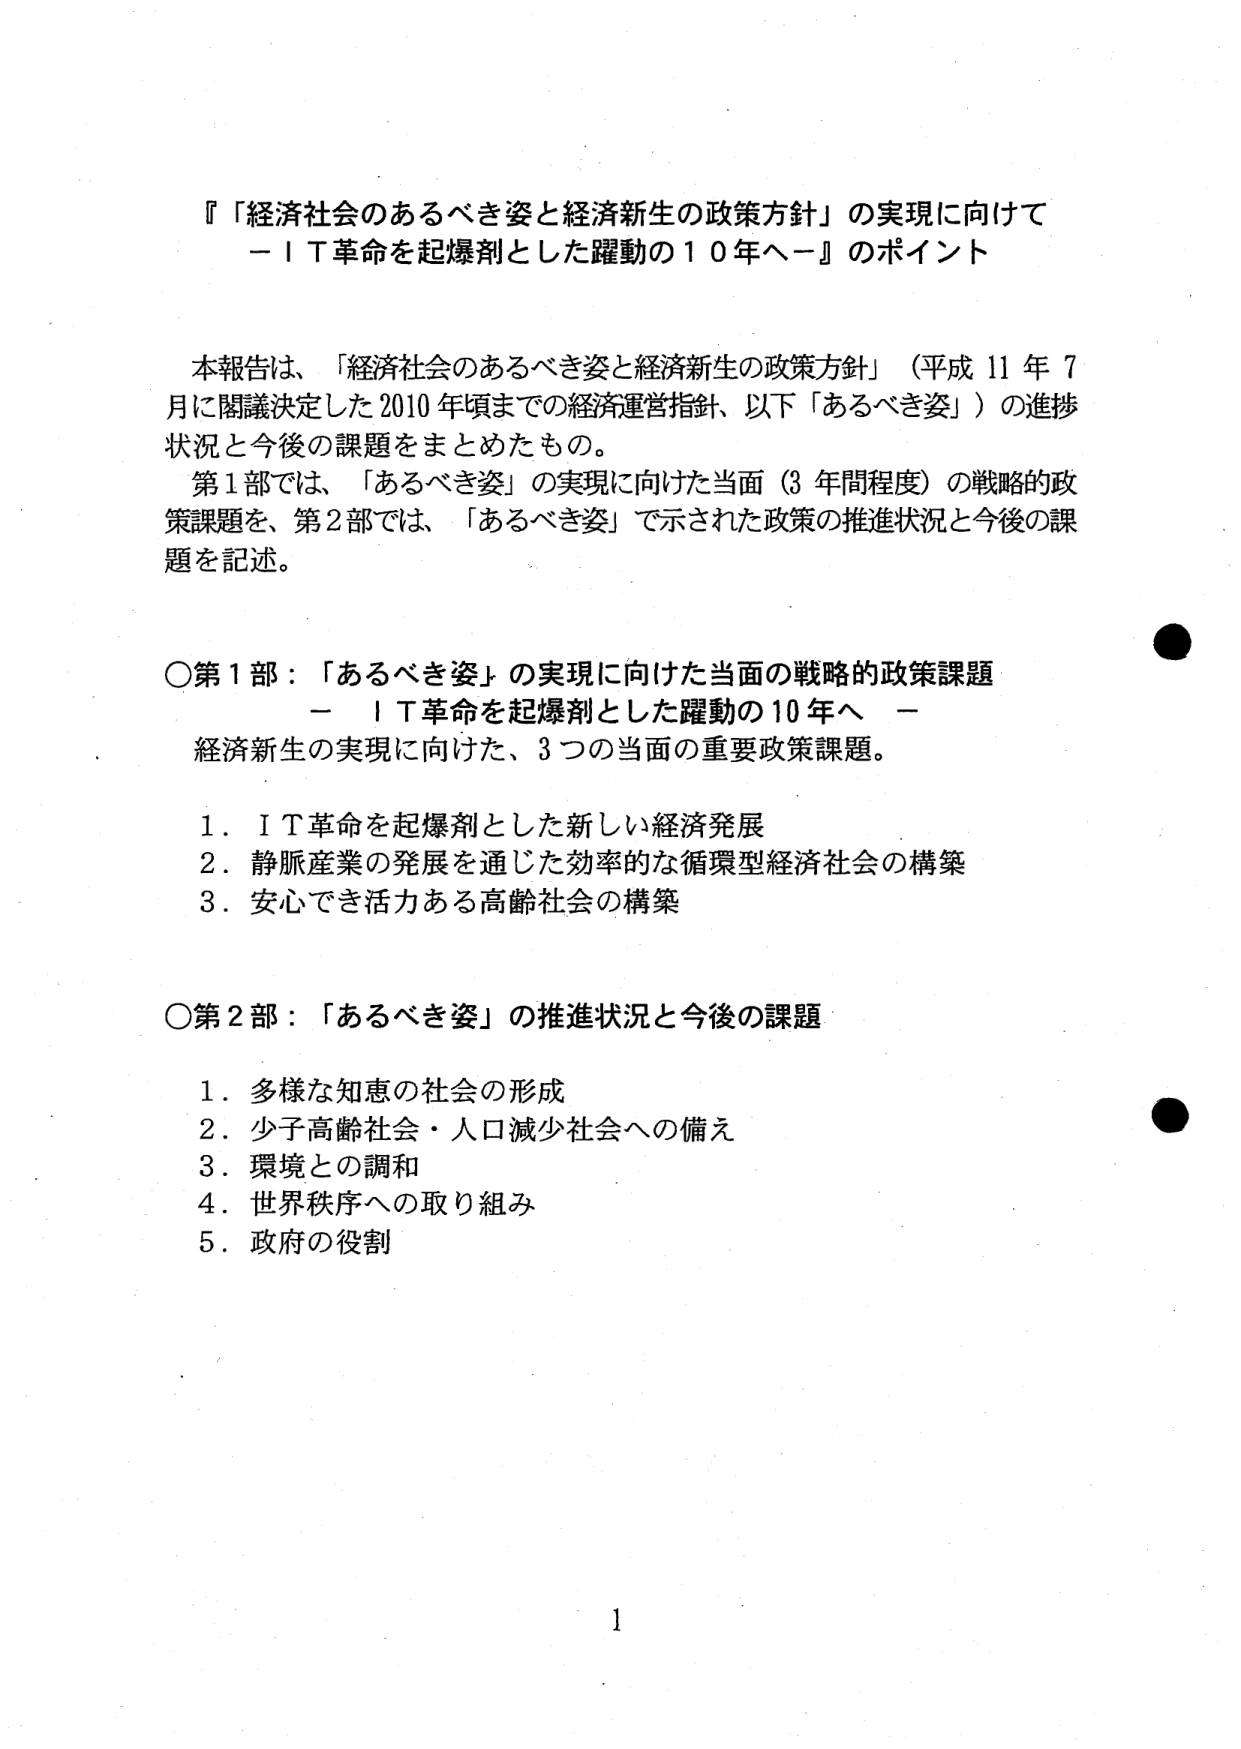
『「経済社会のあるべき姿と経済新生の政策方針」の実現に向けて
－ＩＴ革命を起爆剤とした躍動の１０年へ－』のポイント

本報告は、「経済社会のあるべき姿と経済新生の政策方針」（平成11年7月に閣議決定した2010年頃までの経済運営指針、以下「あるべき姿」）の進捗状況と今後の課題をまとめたもの。
第1部では、「あるべき姿」の実現に向けた当面（3年間程度）の戦略的政策課題を、第2部では、「あるべき姿」で示された政策の推進状況と今後の課題を記述。

○第1部：「あるべき姿」の実現に向けた当面の戦略的政策課題
－ＩＴ革命を起爆剤とした躍動の10年へ－
経済新生の実現に向けた、3つの当面の重要政策課題。

1．ＩＴ革命を起爆剤とした新しい経済発展
2．静脈産業の発展を通じた効率的な循環型経済社会の構築
3．安心でき活力ある高齢社会の構築

○第2部：「あるべき姿」の推進状況と今後の課題

1．多様な知恵の社会の形成
2．少子高齢社会・人口減少社会への備え
3．環境との調和
4．世界秩序への取り組み
5．政府の役割

1